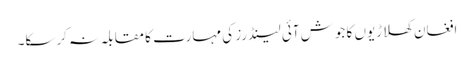
افغان کھلاڑیوں کا جوش آئی لینڈرز کی مہارت کا مقابلہ نہ کرسکا۔